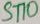
Text: ST10